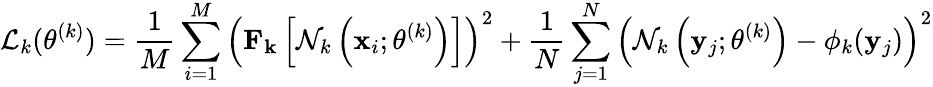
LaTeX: \mathcal{L}_{k}(\theta^{(k)})=\frac{1}{M}\sum_{i=1}^{M}\left(\mathbf{F_{k}}\left[\mathcal{N}_{k}\left(\mathbf{x}_{i};\theta^{(k)}\right)\right]\right)^{2}+\frac{1}{N}\sum_{j=1}^{N}\left(\mathcal{N}_{k}\left(\mathbf{y}_{j};\theta^{(k)}\right)-\phi_{k}(\mathbf{y}_{j})\right)^{2}